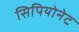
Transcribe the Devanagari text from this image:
सिपियोनेट